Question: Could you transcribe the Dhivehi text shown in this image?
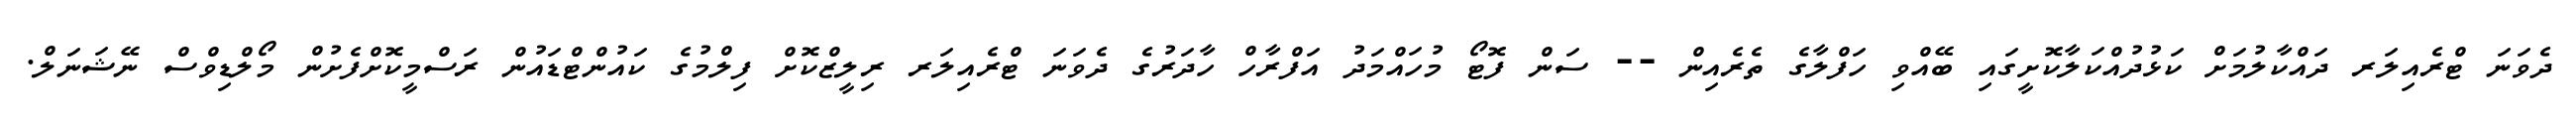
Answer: ދެވަނަ ޓްރެއިލަރ ދައްކާލުމަށް ކަޅުދުއްކަލާކޮށީގައި ބޭއްވި ހަފްލާގެ ތެރެއިން -- ސަން ފޮޓޯ މުހައްމަދު އަފްރާހް ހާދަރުގެ ދެވަނަ ޓްރެއިލަރ ރިލީޒްކޮށް ފިލްމުގެ ކައުންޓްޑައުން ރަސްމީކޮށްފެށުން މޯލްޑިވްސް ނޭޝަނަލް.